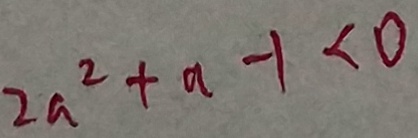
2 a ^ { 2 } + a - 1 < 0